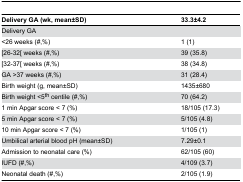
| Delivery GA (wk, mean±SD) | 33.3±4.2 |
 | --- | --- |
 | Delivery GA |  |
 | <26 weeks (#,%) | 1 (1) |
 | [26-32[ weeks (#,%) | 39 (35.8) |
 | [32-37[ weeks (#,%) | 38 (34.8) |
 | GA >37 weeks (#,%) | 31 (28.4) |
 | Birth weight (g, mean±SD) | 1435±680 |
 | Birth weight <5th centile (#,%) | 70 (64.2) |
 | 1 min Apgar score < 7 (%) | 18/105 (17.3) |
 | 5 min Apgar score < 7 (%) | 5/105 (4.8) |
 | 10 min Apgar score < 7 (%) | 1/105 (1) |
 | Umbilical arterial blood pH (mean±SD) | 7.29±0.1 |
 | Admission to neonatal care (%) | 62/105 (60) |
 | IUFD (#,%) | 4/109 (3.7) |
 | Neonatal death (#,%) | 2/105 (1.9) |